Annual vaccination report of Bihar and Orissa - 1911-1928
Year: 1911
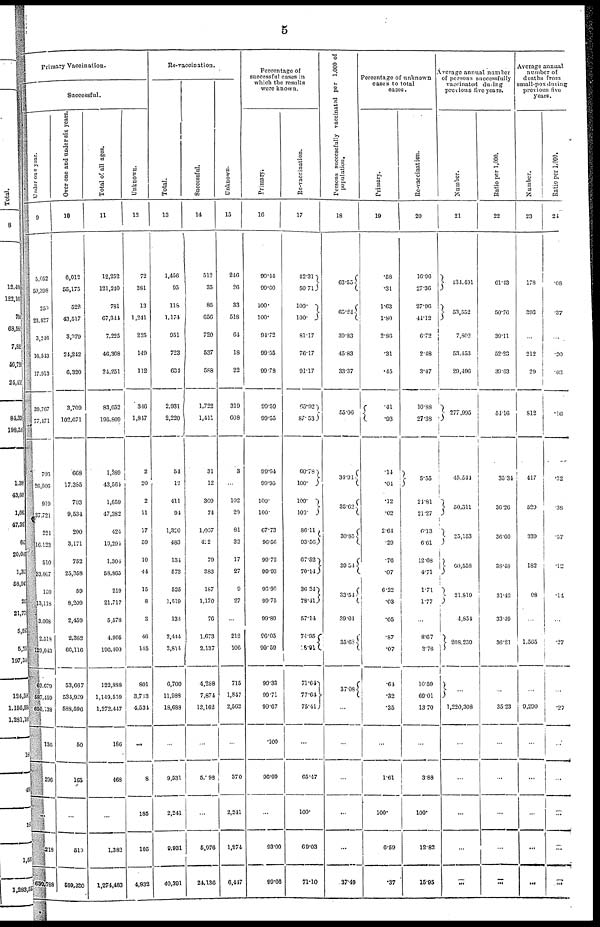
5
Primary Vaccination.
Successful.
Under one year.
9
6,052
50,398
250
23,827
3,246
16,543
17,913
39,767
77,171
706
20,000
919
37,721
221
16,123
510
53,007
139
13,118
3,068
2,518
129,043
62,679
587,159
650,138
136
296
...
218
650,788
Over one and under six year.
10
6,013
65,175
522
43,517
8,379
24,242
6,320
3,709
102,071
668
17,385
703
9,534
200
3,171
752
25,358
59
8,200
2,450
2,382
66,116
53,667
534,929
588,596
50
165
...
510
589,330
Total of all ages.
11
12,252
121,240
781
67,341
7,225
40,308
24,251
83,652
195,809
1,389
43,561
1,659
47,382
424
19,294
1,304
58,865
219
21,717
5,578
4,995
196,400
122,888
1,149,539
1,272,417
186
468
...
1,383
1,274,483
Unknown.
12
72
381
13
1,241
225
149
112
346
1,817
2
20
2
11
17
59
10
44
15
8
8
46
145
801
3,733
4,534
...
8
186
105
4,832
Re-vaccination.
Total.
13
1,456
95
118
1,174
951
723
631
2,931
2,220
54
12
411
91
1,320
483
134
573
525
1,519
133
2,444
2,814
6,700
11,988
18,688
...
9,531
2,241
9,931
40,391
Successful.
14
512
35
85
656
720
537
588
1,722
1,411
31
12
300
74
1,037
422
70
383
187
1,170
76
1,673
2,137
4,288
7,874
12,162
...
5,098
...
5,976
24,136
Unknown.
15
246
26
33
518
64
18
22
319
608
3
102
20
81
32
17
27
9
27
...
212
100
715
1,847
2,562
...
370
2,241
1,274
6,447
Percentage of
successful cases in
which the results
were known.
Primary
10
99.44
99.600
100.
100.
91.72
99.55
99.78
99.59
99.55
99.64
99.95
100.
100.
67.73
96.56
99.72
99.93
96.90
99.75
99.89
96.05
99.59
99.33
99.71
99.67
.100
96.09
...
93.00
99.66
Re-vaccination.
17
42.31
50.71
100.
100.
81.17
76.17
91.17
65.92
87.53
60.78
100.
100.
100.
86.11
93.56
67.52
70.14
36.24
78.41
57.14
74.95
18.91
71.64
77.64
75.41
...
65.47
100.
69.03
71.10
Persons succcsefully vaccinated per 1,000 of
population.
18
63.55
65.24
39.83
45.83
33.37
55.06
34.01
35.62
30.85
39.54
33.54
39.01
35.68
37.08
...
...
...
...
37.49
Percentage of unknown
cases to total
cases.
Primary.
19
.58
.31
1.63
1.80
2.80
.31
.45
.41
.93
14
.04
.12
.02
2.64
.29
.76
.07
6.22
.03
.05
.87
.07
.64
.32
.35
...
1.61
100.
6.59
.37
Re-vaccination.
20
16.96
27.36
27.96
44.12
6.72
2.48
3.47
10.88
27.38
5.55
24.81
21.27
6.13
6.61
12.68
4.71
1.71
1.77
...
8.67
3.76
10.59
69.01
13.70
...
3.88
100.
12.82
15.95
Average annual number
of persons successfully
vaccinated during
previous five years.
Number.
21
134.491
53,552
7,802
53.453
20,496
277,995
45,541
50,311
25,153
60,558
21,810
4,854
208,239
...
1,220,308
...
...
...
...
...
Ratio per 1,000.
22
61.43
50.76
39.11
52.23
39.63
54.16
35.34
36-26
36.60
38.48
31.42
33.49
36.21
...
35.23
...
...
...
...
...
Average annual
number of
deaths from
small-pox during;
previous five
years.
Number.
23
178
393
...
212
29
812
417
520
339
182
98
...
1,565
...
9,290
...
...
...
...
...
Ratio per 1,000.
24
.08
.37
...
.20
.03
.16
.32
.38
.57
.12
.14
...
.27
...
.27
...
...
...
...
...